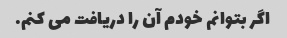
اگر بتوانم خودم آن را دریافت می کنم.